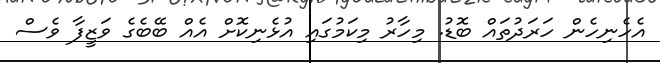
އެހެނިހެން ހަރަދުތައް ބޮޑު. މިހާރު މިކަމުގައި އުޅެނިކޮށް އެއް ބޭބެގެ ވަޒީފާ ވެސް